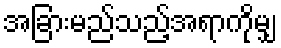
အခြားမည်သည့်အရာကိုမျှ